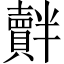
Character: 𧸝